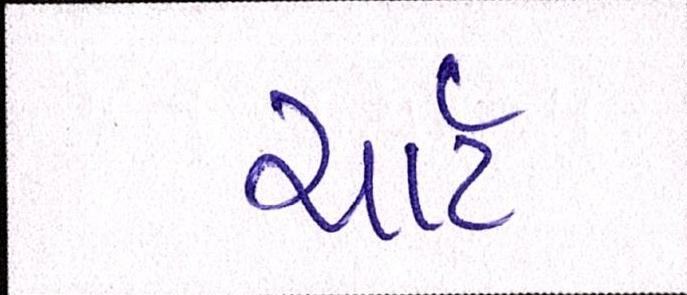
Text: ચાર્ટ